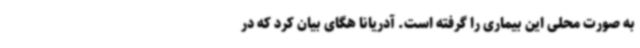
به صورت محلی این بیماری را گرفته است. آدریانا هگای بیان کرد که در